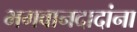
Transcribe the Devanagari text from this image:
भगवानदादांना